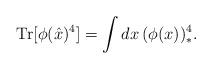
LaTeX: \begin{align*}\mathrm{Tr}[\phi(\hat{x})^4]=\int dx\,(\phi(x))^4_*.\end{align*}